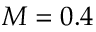
M = 0 . 4